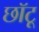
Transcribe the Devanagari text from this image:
छॉटू